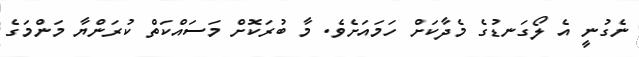
ނެގުނީ އެ ލޯގަނޑުގެ މެދާކަށް ހަމައަށެވެ. މާ ބުރަކޮށް މަސައްކަތް ކުރަންޔާ މަންމަގެ